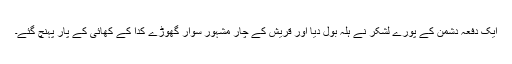
ایک دفعہ دشمن کے پورے لشکر نے ہلہ بول دیا اور قریش کے چار مشہور سوار گھوڑے کدا کے کھائی کے پار پہنچ گئے۔